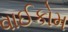
વાઈકોમ